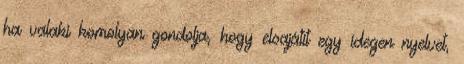
ha valaki komolyan gondolja, hogy elsajátít egy idegen nyelvet,